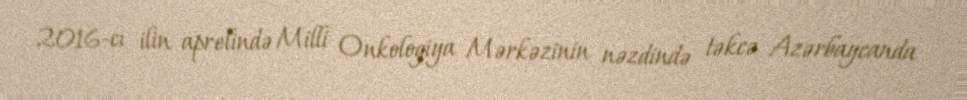
2016-cı ilin aprelində Milli Onkologiya Mərkəzinin nəzdində təkcə Azərbaycanda